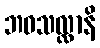
ဘဝသလ္လာနိ